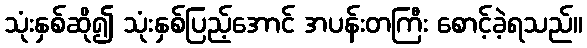
သုံးနှစ်ဆို၍ သုံးနှစ်ပြည့်အောင် အပန်းတကြီး စောင့်ခဲ့ရသည်။